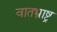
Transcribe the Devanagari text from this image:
वातभ्राष्ट्र